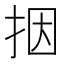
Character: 㧢